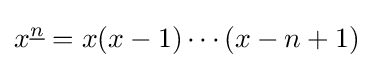
x^{\underline {n}}=x(x-1)\cdots (x-n+1)